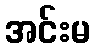
အင်းမ